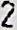
2